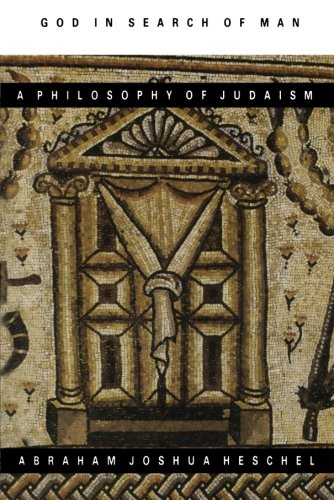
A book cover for God in Search of Man : A Philosophy of Judaism; Abraham Joshua Heschel; Politics & Social Sciences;